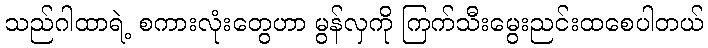
သည်ဂါထာရဲ့ စကားလုံးတွေဟာ မွန်လှကို ကြက်သီးမွေးညင်းထစေပါတယ်